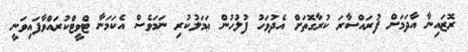
ރޮޒައިނާ އާދަމަށް ފުރައްސާރަ ކުރާގޮތަށް އެދުވަހު ފުލުހުން ޢަމަލުކުރި ނަމަވެސް އެކަމަނާ ޓްވީޓްކުރައްވާފައިވަނީ